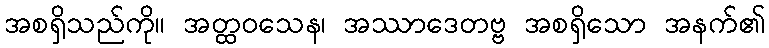
အစရှိသည်ကို။ အတ္ထဝသေန၊ အဿာဒေတဗ္ဗ အစရှိသော အနက်၏